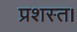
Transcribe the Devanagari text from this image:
प्रशस्त।